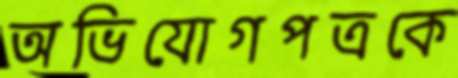
অভিযোগপত্রকে